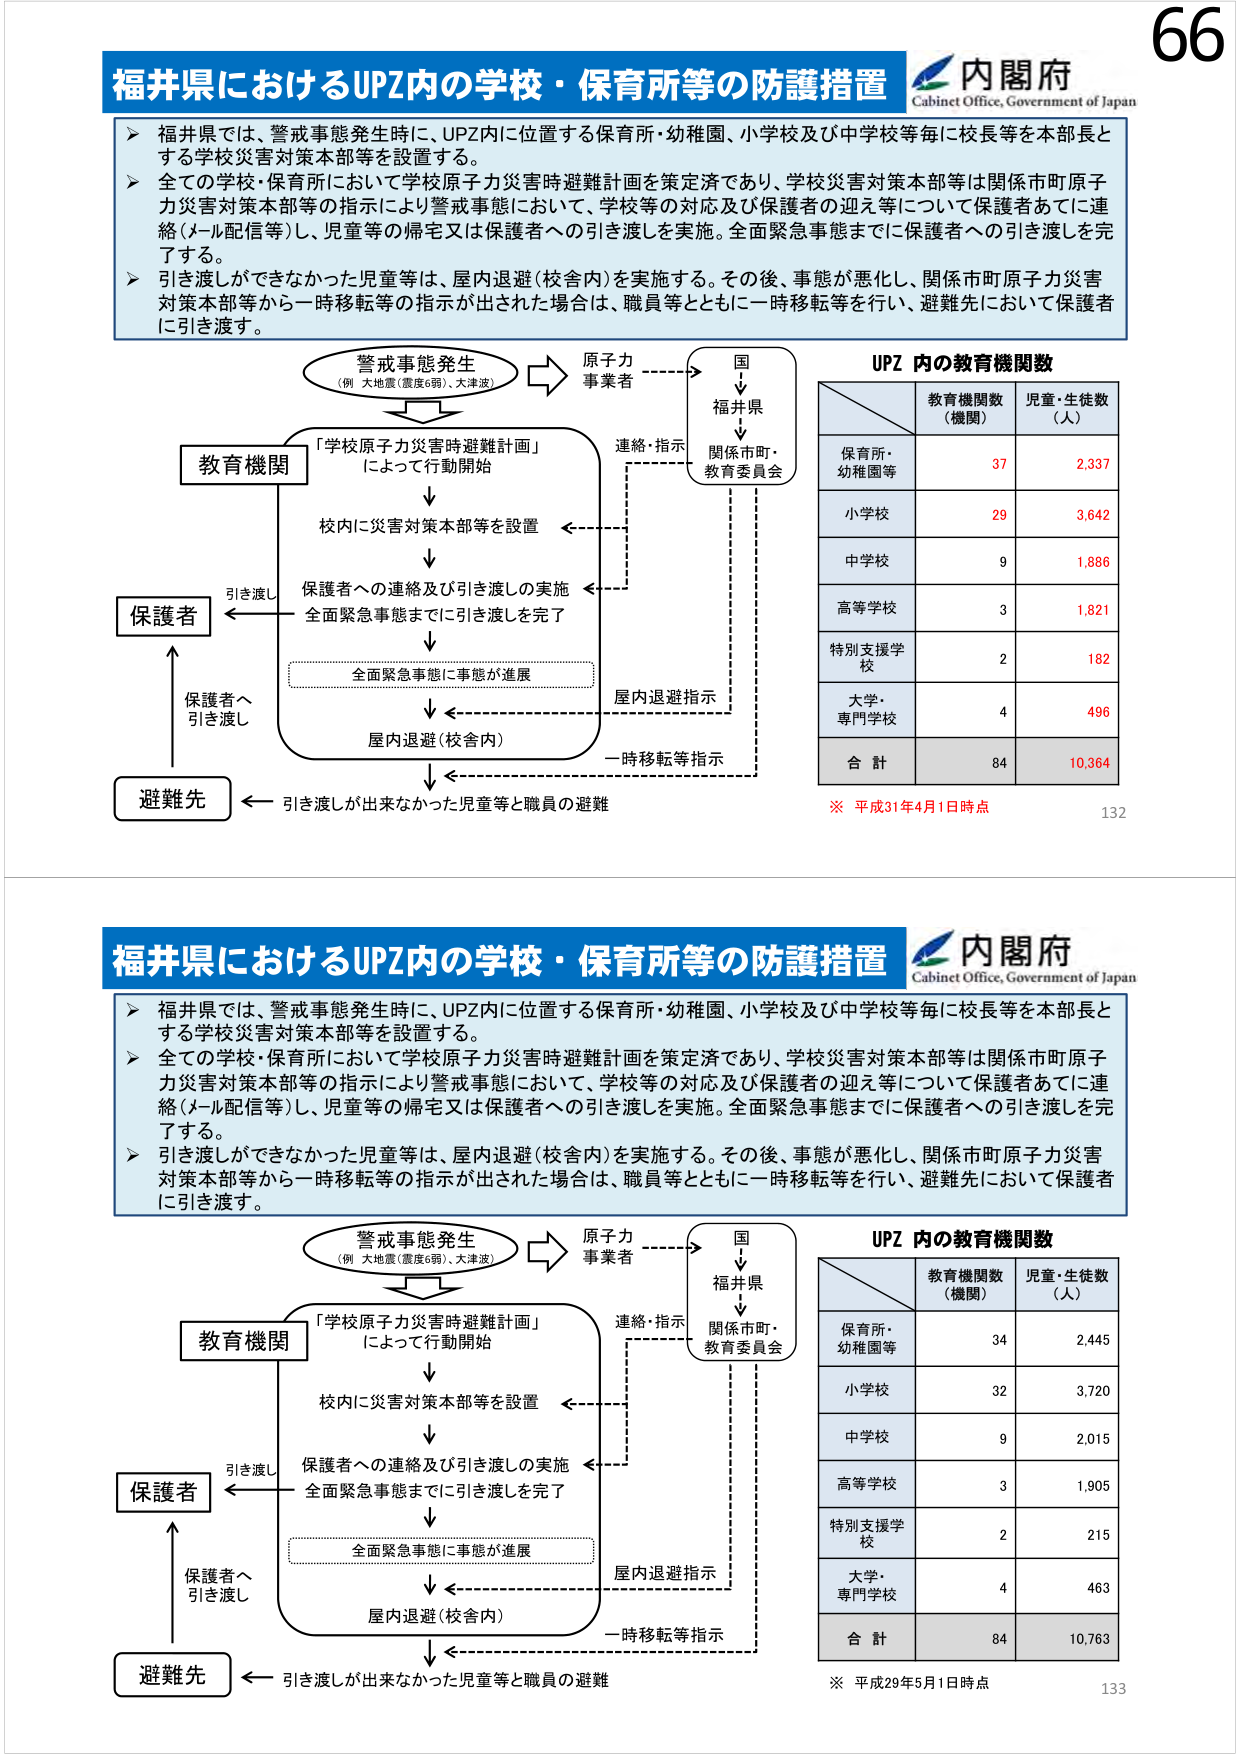
66
福井県におけるUPZ内の学校・保育所等の防護措置
内閣府
Cabinet Office, Government of Japan
▶ 福井県では、警戒事態発生時に、UPZ内に位置する保育所・幼稚園、小学校及び中学校等毎に校長等を本部長と
する学校災害対策本部等を設置する。
▶ 全ての学校・保育所において学校原子力災害時避難計画を策定済であり、学校災害対策本部等は関係市町原子
力災害対策本部等の指示により警戒事態において、学校等の対応及び保護者の迎え等について保護者あてに連
絡（メール配信等）し、児童等の帰宅又は保護者への引き渡しを実施。全面緊急事態までに保護者への引き渡しを完
了する。
▶ 引き渡しができなかった児童等は、屋内退避（校舎内）を実施する。その後、事態が悪化し、関係市町原子力災害
対策本部等から一時移転等の指示が出された場合は、職員等とともに一時移転等を行い、避難先において保護者
に引き渡す。
警戒事態発生
（例 大地震（震度6弱）、大津波）
原子力
事業者
国
↓
福井県
↓
関係市町・
教育委員会
連絡・指示
教育機関
「学校原子力災害時避難計画」
によって行動開始
↓
校内に災害対策本部等を設置
↓
保護者への連絡及び引き渡しの実施
全面緊急事態までに引き渡しを完了
↓
全面緊急事態に事態が進展
↓
屋内退避（校舎内）
↓
一時移転等指示
屋内退避指示
保護者
引き渡し
保護者へ
引き渡し
避難先
引き渡しが出来なかった児童等と職員の避難
UPZ 内の教育機関数
教育機関数
（機関）
児童・生徒数
（人）
保育所・
幼稚園等
37
2,337
小学校
29
3,642
中学校
9
1,886
高等学校
3
1,821
特別支援学
校
2
182
大学・
専門学校
4
496
合 計
84
10,364
※ 平成31年4月1日時点
132
福井県におけるUPZ内の学校・保育所等の防護措置
内閣府
Cabinet Office, Government of Japan
▶ 福井県では、警戒事態発生時に、UPZ内に位置する保育所・幼稚園、小学校及び中学校等毎に校長等を本部長と
する学校災害対策本部等を設置する。
▶ 全ての学校・保育所において学校原子力災害時避難計画を策定済であり、学校災害対策本部等は関係市町原子
力災害対策本部等の指示により警戒事態において、学校等の対応及び保護者の迎え等について保護者あてに連
絡（メール配信等）し、児童等の帰宅又は保護者への引き渡しを実施。全面緊急事態までに保護者への引き渡しを完
了する。
▶ 引き渡しができなかった児童等は、屋内退避（校舎内）を実施する。その後、事態が悪化し、関係市町原子力災害
対策本部等から一時移転等の指示が出された場合は、職員等とともに一時移転等を行い、避難先において保護者
に引き渡す。
警戒事態発生
（例 大地震（震度6弱）、大津波）
原子力
事業者
国
↓
福井県
↓
関係市町・
教育委員会
連絡・指示
教育機関
「学校原子力災害時避難計画」
によって行動開始
↓
校内に災害対策本部等を設置
↓
保護者への連絡及び引き渡しの実施
全面緊急事態までに引き渡しを完了
↓
全面緊急事態に事態が進展
↓
屋内退避（校舎内）
↓
一時移転等指示
屋内退避指示
保護者
引き渡し
保護者へ
引き渡し
避難先
引き渡しが出来なかった児童等と職員の避難
UPZ 内の教育機関数
教育機関数
（機関）
児童・生徒数
（人）
保育所・
幼稚園等
34
2,445
小学校
32
3,720
中学校
9
2,015
高等学校
3
1,905
特別支援学
校
2
215
大学・
専門学校
4
463
合 計
84
10,763
※ 平成29年5月1日時点
133